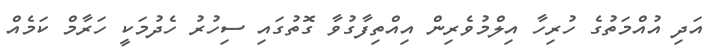
އަދި އުއްމަތުގެ ހުރިހާ އިލްމުވެރިން އިއްތިފާގުވާ ގޮތުގައި ސިހުރު ހެދުމަކީ ހަރާމް ކަމެއް